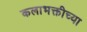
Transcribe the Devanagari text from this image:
कलाभक्तीच्या